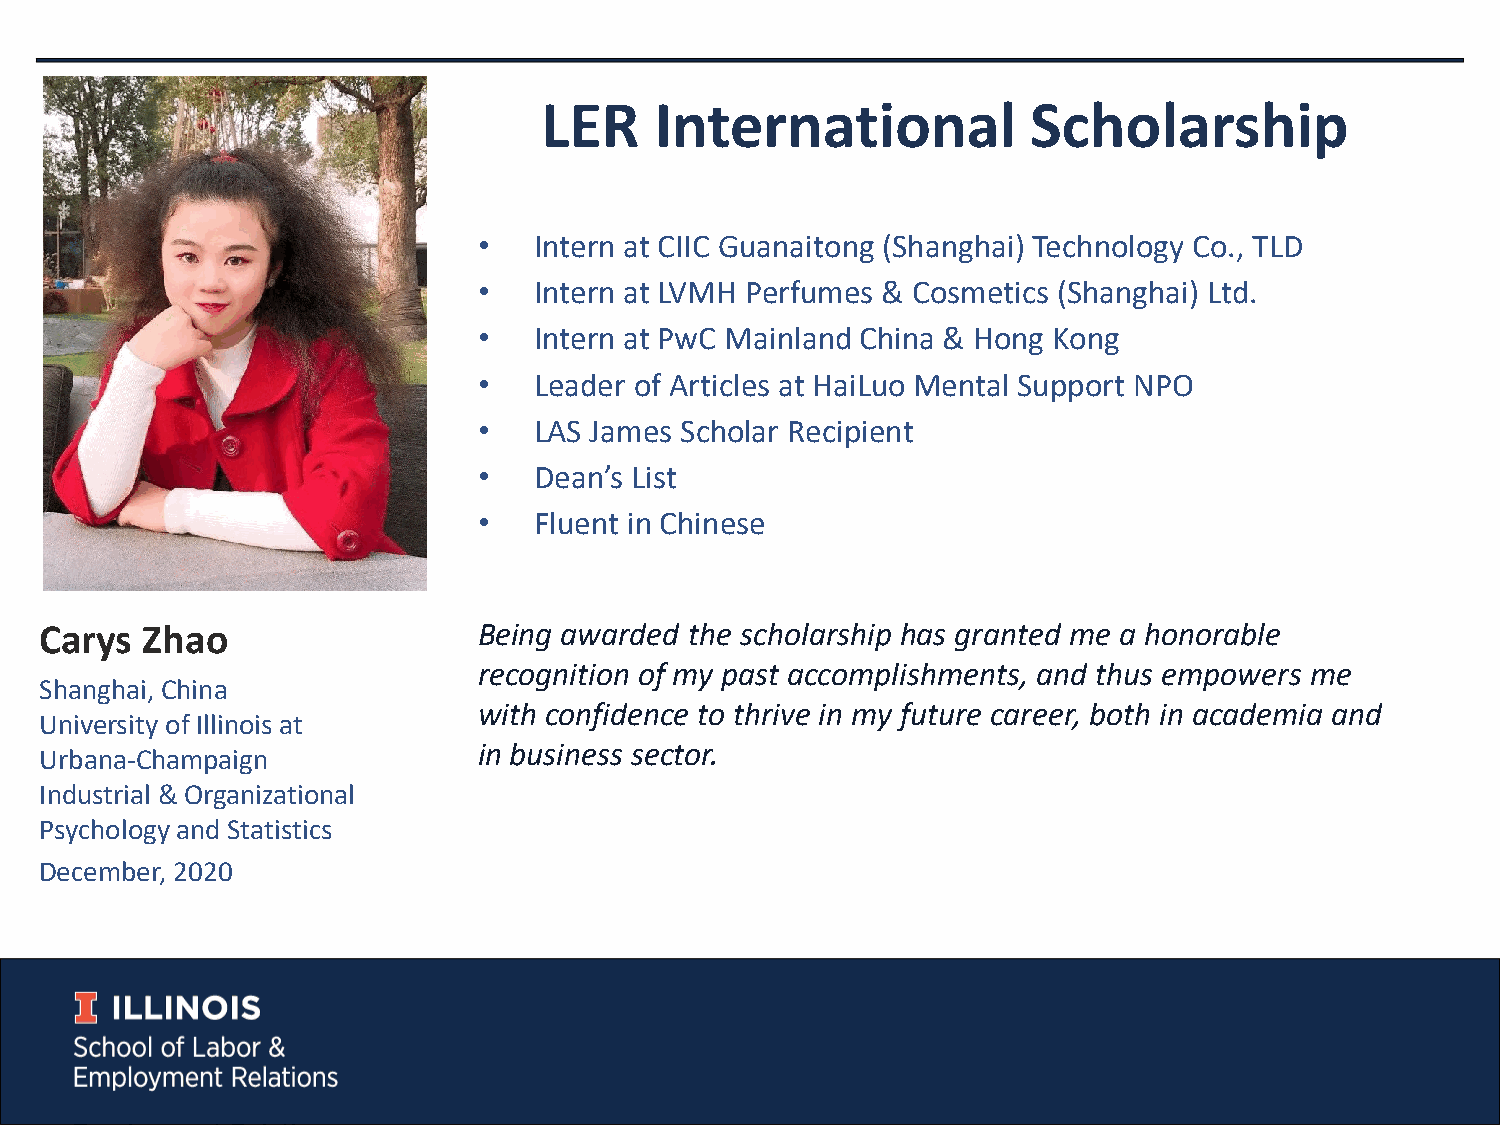
LER    International            Scholarship
 •  Intern at CIIC Guanaitong (Shanghai) Technology Co., TLD
 •  Intern at LVMH Perfumes & Cosmetics (Shanghai) Ltd.
 •  Intern at PwC Mainland China & Hong Kong
 •  Leader of Articles at HaiLuo Mental Support NPO
 •  LAS James Scholar Recipient
 •  Dean’s List
 •  Fluent in Chinese
 Carys Zhao                   Being awarded the scholarship has granted me a honorable
 recognition of my past accomplishments, and thus empowers me
 Shanghai, China
 with confidence to thrive in my future career, both in academia and
 University of Illinois at
 in business sector.
 Urbana-Champaign
 Industrial & Organizational
 Psychology and Statistics
 December, 2020